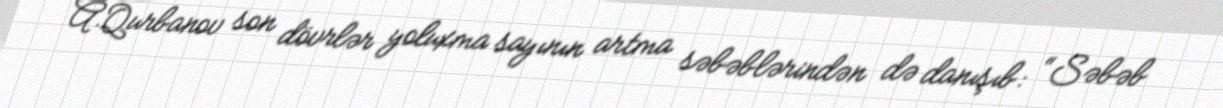
A.Qurbanov son dövrlər yoluxma sayının artma səbəblərindən də danışıb: “Səbəb